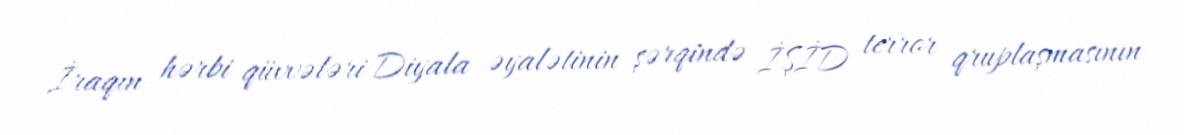
İraqın hərbi qüvvələri Diyala əyalətinin şərqində İŞİD terror qruplaşmasının